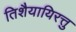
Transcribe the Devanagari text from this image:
तिशैयायिरत्तु